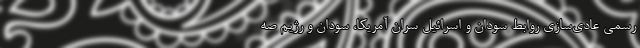
رسمی عادی‌سازی روابط سودان و اسرائیل سران آمریکا، سودان و رژیم صه